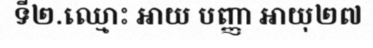
ទី២.ឈ្មោះ អាយ បញ្ញា អាយុ២៧